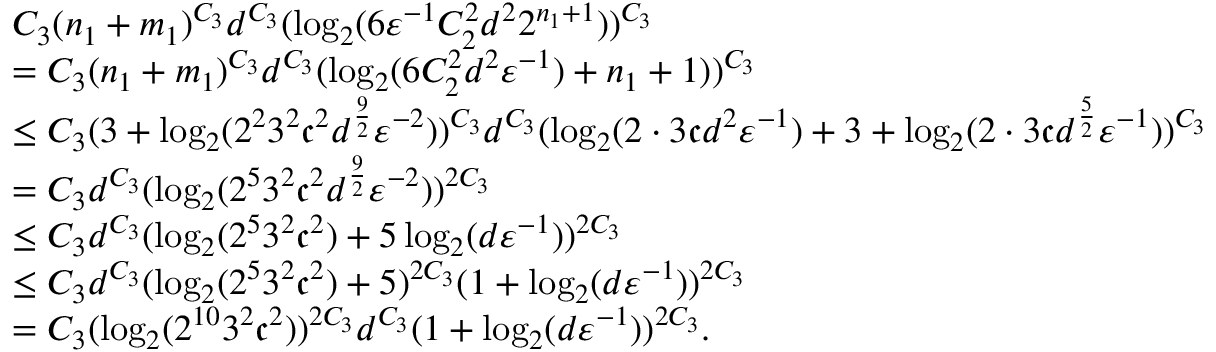
\begin{array} { r l } & { C _ { 3 } ( n _ { 1 } + m _ { 1 } ) ^ { C _ { 3 } } d ^ { C _ { 3 } } ( \log _ { 2 } ( 6 { \varepsilon } ^ { - 1 } C _ { 2 } ^ { 2 } d ^ { 2 } 2 ^ { n _ { 1 } + 1 } ) ) ^ { C _ { 3 } } } \\ & { = C _ { 3 } ( n _ { 1 } + m _ { 1 } ) ^ { C _ { 3 } } d ^ { C _ { 3 } } ( \log _ { 2 } ( 6 C _ { 2 } ^ { 2 } d ^ { 2 } { \varepsilon } ^ { - 1 } ) + n _ { 1 } + 1 ) ) ^ { C _ { 3 } } } \\ & { \leq C _ { 3 } ( 3 + \log _ { 2 } ( 2 ^ { 2 } 3 ^ { 2 } \mathfrak { c } ^ { 2 } d ^ { \frac { 9 } { 2 } } { \varepsilon } ^ { - 2 } ) ) ^ { C _ { 3 } } d ^ { C _ { 3 } } ( \log _ { 2 } ( 2 \cdot 3 \mathfrak { c } d ^ { 2 } { \varepsilon } ^ { - 1 } ) + 3 + \log _ { 2 } ( 2 \cdot 3 \mathfrak { c } d ^ { \frac { 5 } { 2 } } { \varepsilon } ^ { - 1 } ) ) ^ { C _ { 3 } } } \\ & { = C _ { 3 } d ^ { C _ { 3 } } ( \log _ { 2 } ( 2 ^ { 5 } 3 ^ { 2 } \mathfrak { c } ^ { 2 } d ^ { \frac { 9 } { 2 } } { \varepsilon } ^ { - 2 } ) ) ^ { 2 C _ { 3 } } } \\ & { \leq C _ { 3 } d ^ { C _ { 3 } } ( \log _ { 2 } ( 2 ^ { 5 } 3 ^ { 2 } \mathfrak { c } ^ { 2 } ) + 5 \log _ { 2 } ( d { \varepsilon } ^ { - 1 } ) ) ^ { 2 C _ { 3 } } } \\ & { \leq C _ { 3 } d ^ { C _ { 3 } } ( \log _ { 2 } ( 2 ^ { 5 } 3 ^ { 2 } \mathfrak { c } ^ { 2 } ) + 5 ) ^ { 2 C _ { 3 } } ( 1 + \log _ { 2 } ( d { \varepsilon } ^ { - 1 } ) ) ^ { 2 C _ { 3 } } } \\ & { = C _ { 3 } ( \log _ { 2 } ( 2 ^ { 1 0 } 3 ^ { 2 } \mathfrak { c } ^ { 2 } ) ) ^ { 2 C _ { 3 } } d ^ { C _ { 3 } } ( 1 + \log _ { 2 } ( d { \varepsilon } ^ { - 1 } ) ) ^ { 2 C _ { 3 } } . } \end{array}